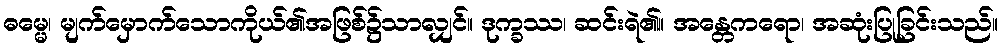
ဓမ္မေ၊ မျက်မှောက်သောကိုယ်၏အဖြစ်၌သာလျှင်။ ဒုက္ခဿ၊ ဆင်းရဲ၏။ အန္တေကရော၊ အဆုံးပြုခြင်းသည်။